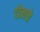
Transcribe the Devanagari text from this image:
दोनचे